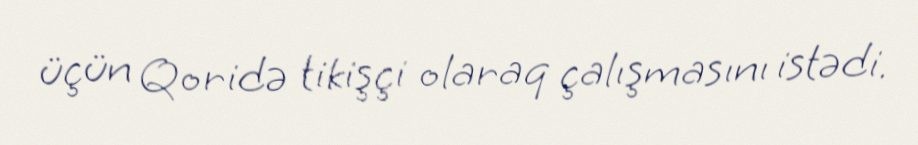
üçün Qoridə tikişçi olaraq çalışmasını istədi.